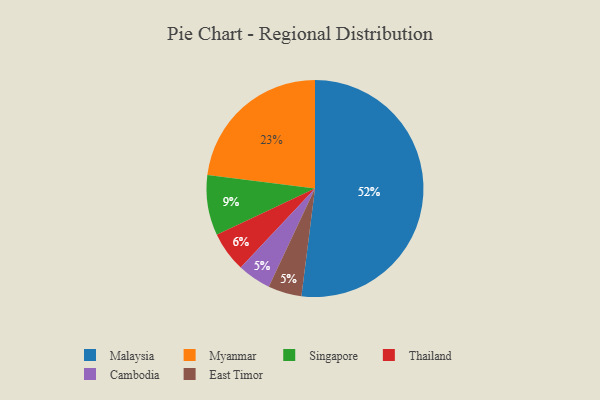
{"axis": {"x": "Category", "y": "Percentage"}, "legend": ["Cambodia", "East Timor", "Malaysia", "Myanmar", "Singapore", "Thailand"], "data": [{"x": "Thailand", "y": 6, "type": "Thailand"}, {"x": "Cambodia", "y": 5, "type": "Cambodia"}, {"x": "East Timor", "y": 5, "type": "East Timor"}, {"x": "Myanmar", "y": 23, "type": "Myanmar"}, {"x": "Singapore", "y": 9, "type": "Singapore"}, {"x": "Malaysia", "y": 52, "type": "Malaysia"}]}